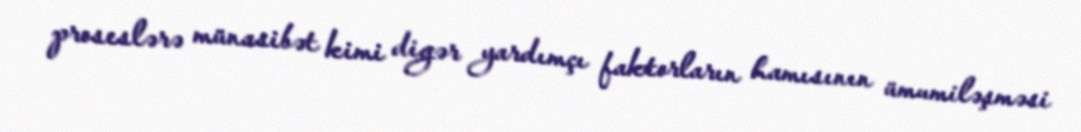
proseslərə münasibət kimi digər yardımçı faktorların hamısının ümumiləşməsi